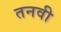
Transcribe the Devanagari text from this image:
तनवी